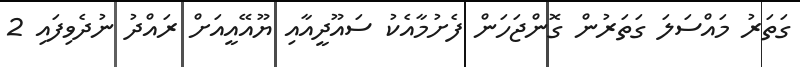
ގަތަރު މައްސަލަ ގަތަރުން ގޮންޖަހަން ފެެށުމާއެކު ސައޫދީއާއި ޔޫއޭއީއަށް ރައްދު ނުދެވިފައި 2